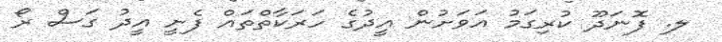
ލ. ފޮނަދޫ ކުރިގަމު އަވަށުން އީދުގެ ހަރަކާތްތައް ފެށީ އީދު ގަސް ރޯ